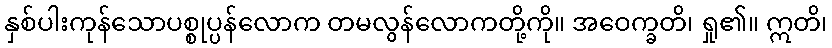
နှစ်ပါးကုန်သောပစ္စုပ္ပန်လောက တမလွန်လောကတို့ကို။ အဝေက္ခတိ၊ ရှု၏။ ဣတိ၊